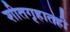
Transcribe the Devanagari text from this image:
शीतगृहातही